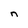
Character: n